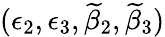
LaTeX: (\epsilon_{2},\epsilon_{3},\widetilde{\beta}_{2},\widetilde{\beta}_{3})